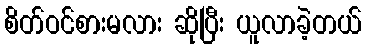
စိတ်ဝင်စားမလား ဆိုပြီး ယူလာခဲ့တယ်